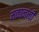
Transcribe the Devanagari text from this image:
मकानाची